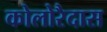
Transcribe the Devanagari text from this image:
कोलोरैदास